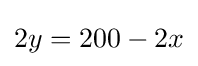
2y=200-2x